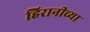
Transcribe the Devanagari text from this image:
हिरानीच्या